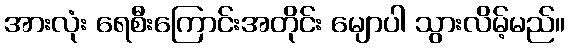
အားလုံး ရေစီးကြောင်းအတိုင်း မျောပါ သွားလိမ့်မည်။